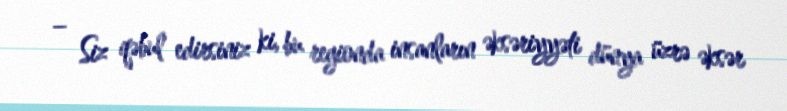
– Siz qəbul edirsiniz ki, bu regionda insanların əksəriyyəti dünya üzrə əksər